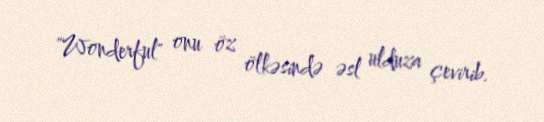
"Wonderful" onu öz ölkəsində əsl ulduza çevirib.